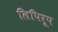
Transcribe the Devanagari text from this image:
लिपिरूप